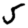
Digit: 5